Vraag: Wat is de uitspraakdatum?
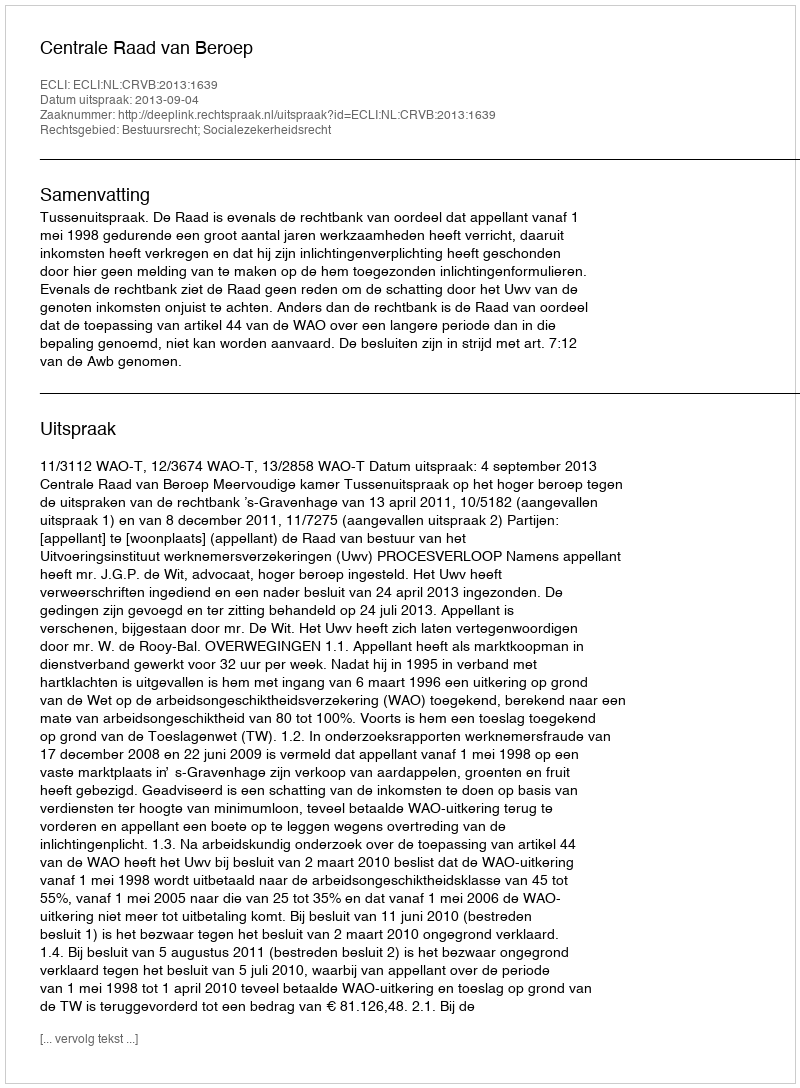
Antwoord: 2013-09-04